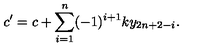
c ^ { \prime } = c + \sum _ { i = 1 } ^ { n } ( - 1 ) ^ { i + 1 } k y _ { 2 n + 2 - i } . \,